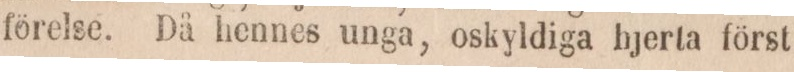
förelse. Då hennes unga, oskyldiga hjerta först